Civil Veterinary Dept. North-West Frontier Province 1923-32 - 1923-1932
Year: 1923
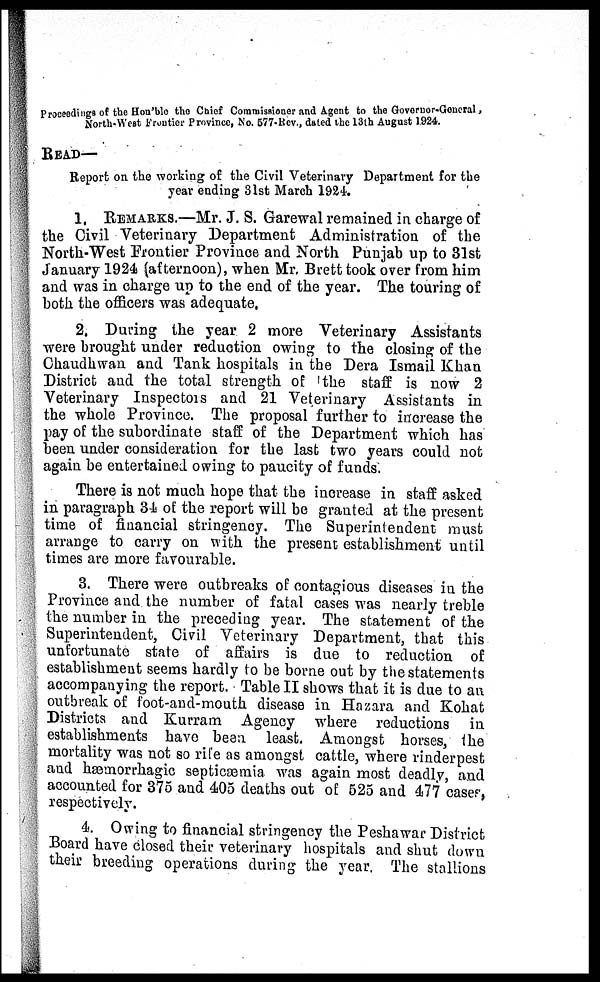
Proceedings of the Hon'ble the Chief Commissioner and Agent to the Governor-General,
North-West
Frontier Province, No. 577-Rev., dated the 13th August 1924.
READ—
Report on the working of the Civil Veterinary Department for the
year ending 31st March 1924.
1. REMARKS.—Mr. J. S. Garewal remained in charge of
the Civil Veterinary Department Administration of the
North-West Frontier Province and North Punjab up to 31st
January 1924 (afternoon), when Mr. Brett took over from him
and was in charge up to the end of the year. The touring of
both the officers was adequate.
2. During the year 2 more Veterinary Assistants
were brought under reduction owing to the closing of the
Chaudhwan and Tank hospitals in the Dera Ismail Khan
District and the total strength of the staff is now 2
Veterinary Inspectors and 21 Veterinary Assistants in
the whole Province. The proposal further to increase the
pay of the subordinate staff of the Department which has
been under consideration for the last two years could not
again be entertained owing to paucity of funds.
There is not much hope that the increase in staff asked
in paragraph 34 of the report will be granted at the present
time of financial stringency. The Superintendent must
arrange to carry on with the present establishment until
times are more favourable.
3. There were outbreaks of contagious diseases in the
Province and the number of fatal cases was nearly treble
the number in the preceding year. The statement of the
Superintendent, Civil Veterinary Department, that this
unfortunate state of affairs is due to reduction of
establishment seems hardly to be borne out by the statements
accompanying the report. Table II shows that it is due to an
outbreak of foot-and-mouth disease in Hazara and Kohat
Districts and Kurram Agency where reductions in
establishments have been least. Amongst horses, the
mortality was not so rife as amongst cattle, where rinderpest
and hæmorrhagic septicæmia was again most deadly, and
accounted for 375 and 405 deaths out of 525 and 477 cases,
respectively.
4. Owing to financial stringency the Peshawar District
Board have closed their veterinary hospitals and shut down
their breeding operations during the year. The stallions